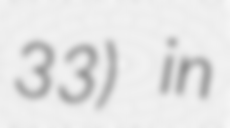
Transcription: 33) in